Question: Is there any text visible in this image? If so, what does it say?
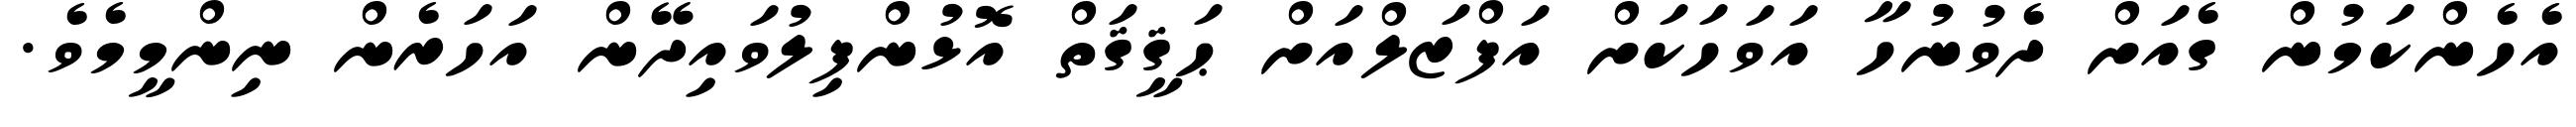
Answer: އެހެންކަމުން ގެއަށް ދެވުނުހާ އަވަހަކަށް އަފްޒަލްއަށް ޙަޤީޤަތް އޮޅުންފިލުވައިދޭން އަހަރެން ނިންމީމެވެ.